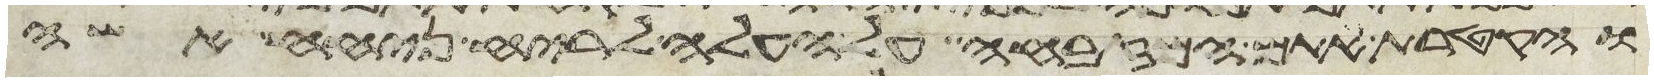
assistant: והקטרת אתם המזבחה על העלה לריח ניחח אשה